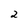
Character: 2